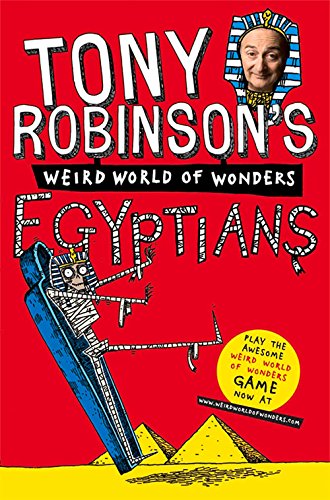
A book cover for Tony Robinson's Weird World of Wonders! Egyptians; Tony Robinson; Children's Books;